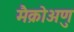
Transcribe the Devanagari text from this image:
मैक्रोअणु